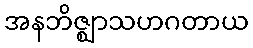
အနဘိဇ္ဈာသဟဂတာယ